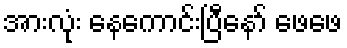
အားလုံး နေကောင်းပြီနော် ဖေဖေ